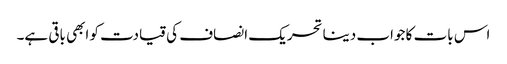
اس بات کا جواب دینا تحریک انصاف کی قیادت کو ابھی باقی ہے۔